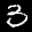
Label: 3